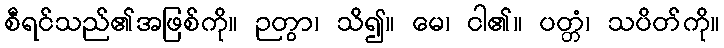
စီရင်သည်၏အဖြစ်ကို။ ဉတွာ၊ သိ၍။ မေ၊ ငါ၏။ ပတ္တံ၊ သပိတ်ကို။